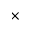
\times